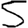
Digit: 5